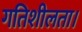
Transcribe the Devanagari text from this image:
गतिशीलता।